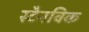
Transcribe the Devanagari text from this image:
स्टैनविक